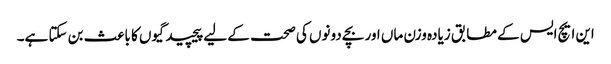
این ایچ ایس کے مطابق زیادہ وزن ماں اور بچے دونوں کی صحت کے لیے پیچید گیوں کا باعث بن سکتا ہے۔